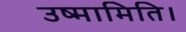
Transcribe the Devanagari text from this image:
उष्मामिति।